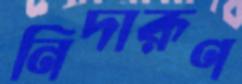
নিদারূণ